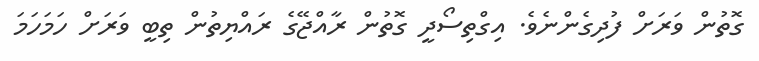
ގޮތުން ވަރަށް ފުދިގެންނެވެ. އިގްތިސޯދީ ގޮތުން ރާއްޖޭގެ ރައްޔިތުން ތިބީ ވަރަށް ހަމަހަމަ